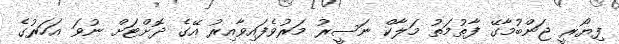
ފިޔޯރީ ޖަންބުމާގޭ ފާތުމަތު މަލާކް ނަސީރު މަރުވެފައިވާއިރު އޭގެ ދޮށްޓަށް ނުވަ އަހަރުގެ